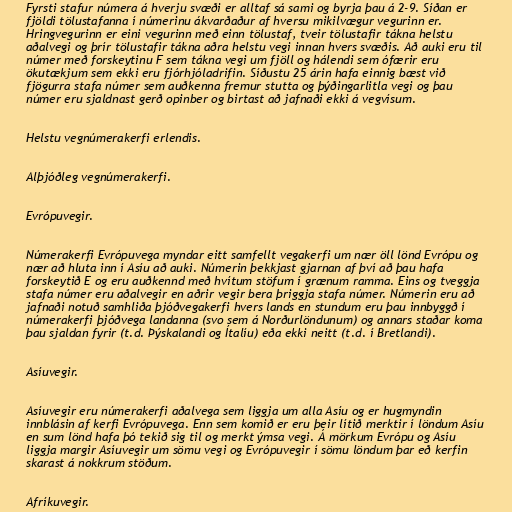
Fyrsti stafur númera á hverju svæði er alltaf sá sami og byrja þau á 2-9. Síðan er
fjöldi tölustafanna í númerinu ákvarðaður af hversu mikilvægur vegurinn er.
Hringvegurinn er eini vegurinn með einn tölustaf, tveir tölustafir tákna helstu
aðalvegi og þrír tölustafir tákna aðra helstu vegi innan hvers svæðis. Að auki eru til
númer með forskeytinu F sem tákna vegi um fjöll og hálendi sem ófærir eru
ökutækjum sem ekki eru fjórhjóladrifin. Síðustu 25 árin hafa einnig bæst við
fjögurra stafa númer sem auðkenna fremur stutta og þýðingarlitla vegi og þau
númer eru sjaldnast gerð opinber og birtast að jafnaði ekki á vegvísum.

Helstu vegnúmerakerfi erlendis.

Alþjóðleg vegnúmerakerfi.

Evrópuvegir.

Númerakerfi Evrópuvega myndar eitt samfellt vegakerfi um nær öll lönd Evrópu og
nær að hluta inn í Asíu að auki. Númerin þekkjast gjarnan af því að þau hafa
forskeytið E og eru auðkennd með hvítum stöfum í grænum ramma. Eins og tveggja
stafa númer eru aðalvegir en aðrir vegir bera þriggja stafa númer. Númerin eru að
jafnaði notuð samhliða þjóðvegakerfi hvers lands en stundum eru þau innbyggð í
númerakerfi þjóðvega landanna (svo sem á Norðurlöndunum) og annars staðar koma
þau sjaldan fyrir (t.d. Þýskalandi og Ítalíu) eða ekki neitt (t.d. í Bretlandi).

Asíuvegir.

Asíuvegir eru númerakerfi aðalvega sem liggja um alla Asíu og er hugmyndin
innblásin af kerfi Evrópuvega. Enn sem komið er eru þeir lítið merktir í löndum Asíu
en sum lönd hafa þó tekið sig til og merkt ýmsa vegi. Á mörkum Evrópu og Asíu
liggja margir Asíuvegir um sömu vegi og Evrópuvegir í sömu löndum þar eð kerfin
skarast á nokkrum stöðum.

Afríkuvegir.